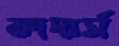
ফাদার্স